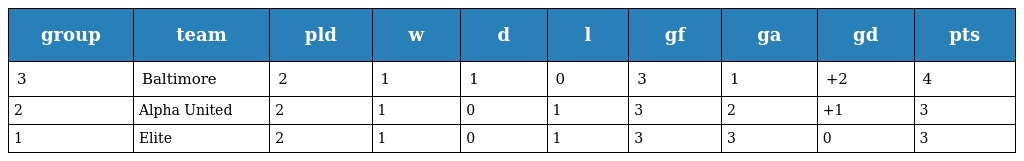
| group | team | pld | w | d | l | gf | ga | gd | pts |
 | --- | --- | --- | --- | --- | --- | --- | --- | --- | --- |
 | 3 | Baltimore | 2 | 1 | 1 | 0 | 3 | 1 | +2 | 4 |
 | 2 | Alpha United | 2 | 1 | 0 | 1 | 3 | 2 | +1 | 3 |
 | 1 | Elite | 2 | 1 | 0 | 1 | 3 | 3 | 0 | 3 |